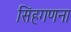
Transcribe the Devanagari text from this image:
सिंहगणना